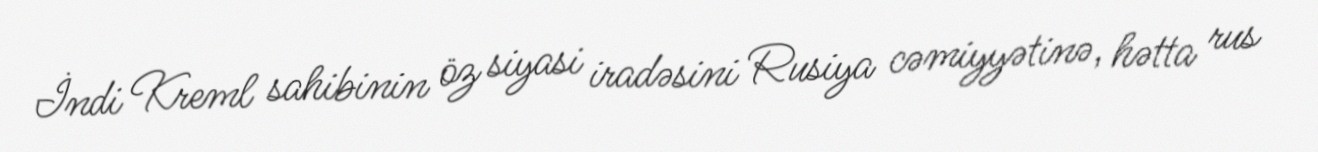
İndi Kreml sahibinin öz siyasi iradəsini Rusiya cəmiyyətinə, hətta rus